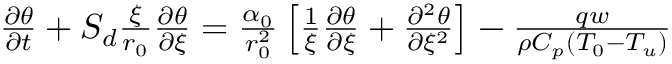
\begin{array} { r } { \frac { \partial \theta } { \partial t } + S _ { d } \frac { \xi } { r _ { 0 } } \frac { \partial \theta } { \partial \xi } = \frac { \alpha _ { 0 } } { r _ { 0 } ^ { 2 } } \left[ \frac { 1 } { \xi } \frac { \partial \theta } { \partial \xi } + \frac { \partial ^ { 2 } \theta } { \partial \xi ^ { 2 } } \right] - \frac { q w } { \rho C _ { p } ( T _ { 0 } - T _ { u } ) } } \end{array}